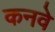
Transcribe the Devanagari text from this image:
कनवे